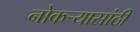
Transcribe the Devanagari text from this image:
नोकऱ्यासांठी